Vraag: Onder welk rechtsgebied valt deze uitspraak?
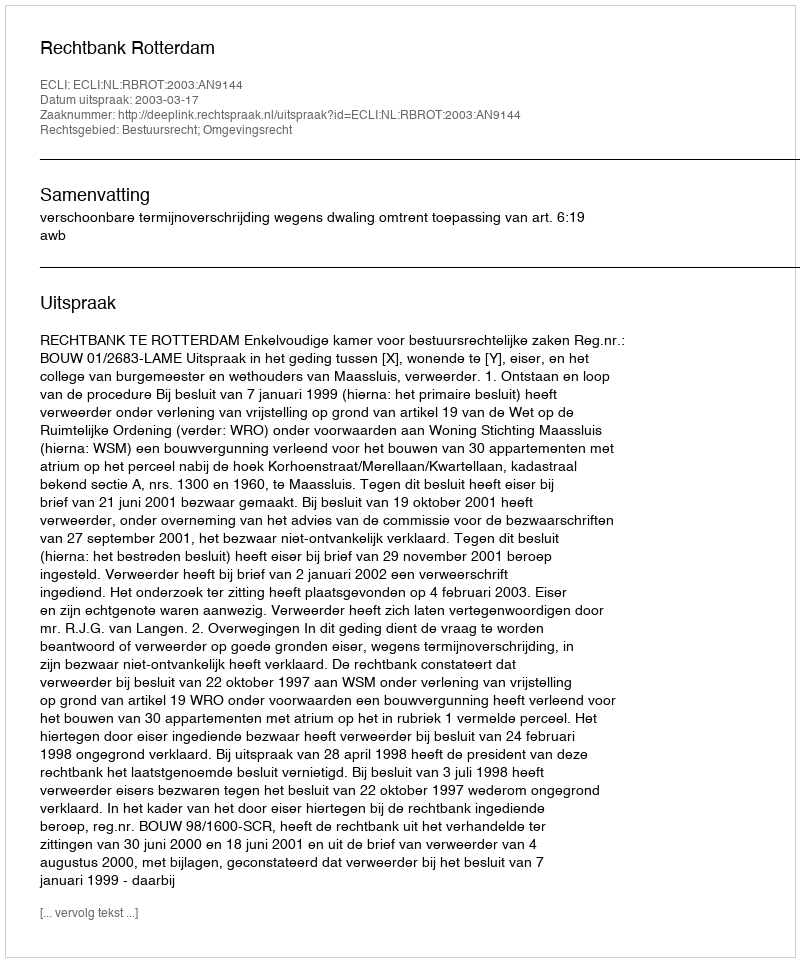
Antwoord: Bestuursrecht; Omgevingsrecht